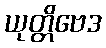
ယုတ္တိဗေဒ